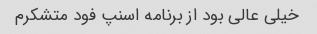
خیلی عالی بود از برنامه اسنپ فود متشکرم